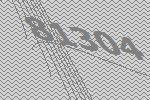
81304